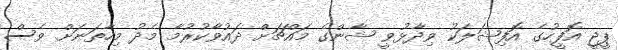
ޕީޖީ އޮފީހުގެ އޮފިޝަލަކު ވިދާޅުވީ ޝާންގެ މައްޗަށް ދައުވާކުރުމާ މެދު މިހާތަނަށް ވެސް